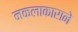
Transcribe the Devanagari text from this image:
नकलाकाराने